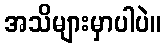
အသိများမှာပါပဲ။